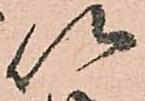
以